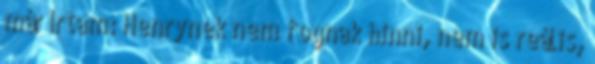
már írtam: Henrynek nem fognak hinni, nem is reális,